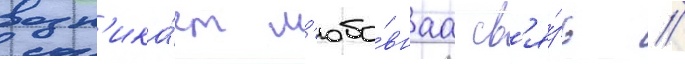
возн'ика́ет л'юбо́внаа св'я́зь //